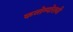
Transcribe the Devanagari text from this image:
कन्तेम्पोरानी